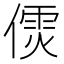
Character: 𠎌